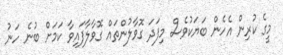
މީގެ ކުރިން އެހެން ބަޔަކުވެސް މިފަދަ ގޮވާލުންތައް ގޮވާލާފައިވާ ކަމަށް ބުނެ ހަނު